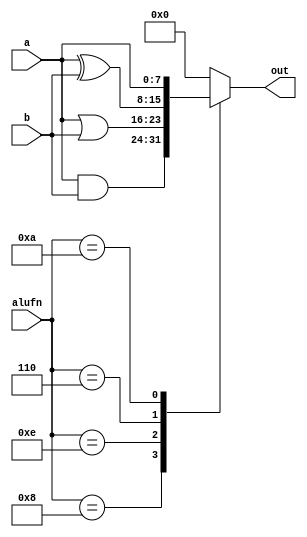
/*
   This file was generated automatically by the Mojo IDE version B1.3.4.
   Do not edit this file directly. Instead edit the original Lucid source.
   This is a temporary file and any changes made to it will be destroyed.
*/

module boolean_4 (
    input [7:0] a,
    input [7:0] b,
    input [3:0] alufn,
    output reg [7:0] out
  );
  
  
  
  always @* begin
    
    case (alufn)
      4'h8: begin
        out = a & b;
      end
      4'he: begin
        out = a | b;
      end
      4'h6: begin
        out = a ^ b;
      end
      4'ha: begin
        out = a;
      end
      default: begin
        out = 1'h0;
      end
    endcase
  end
endmodule